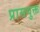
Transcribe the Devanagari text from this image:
प्रासयुक्त